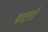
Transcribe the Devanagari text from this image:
बाटतो